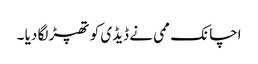
اچانک ممی نے ڈیڈی کو تھپڑ لگا دیا ۔